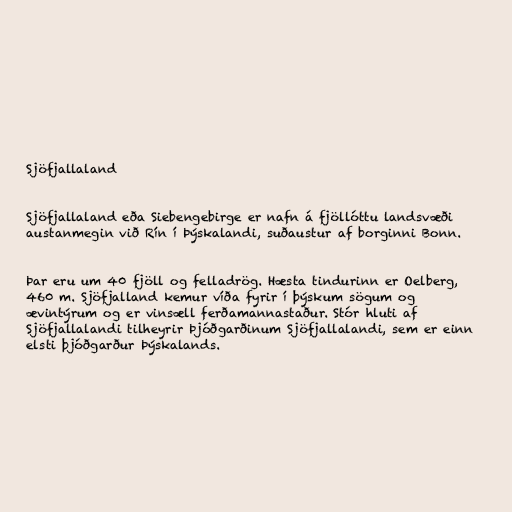
Sjöfjallaland

Sjöfjallaland eða Siebengebirge er nafn á fjöllóttu landsvæði
austanmegin við Rín í Þýskalandi, suðaustur af borginni Bonn.

Þar eru um 40 fjöll og felladrög. Hæsta tindurinn er Oelberg,
460 m. Sjöfjalland kemur víða fyrir í þýskum sögum og
ævintýrum og er vinsæll ferðamannastaður. Stór hluti af
Sjöfjallalandi tilheyrir Þjóðgarðinum Sjöfjallalandi, sem er einn
elsti þjóðgarður Þýskalands.